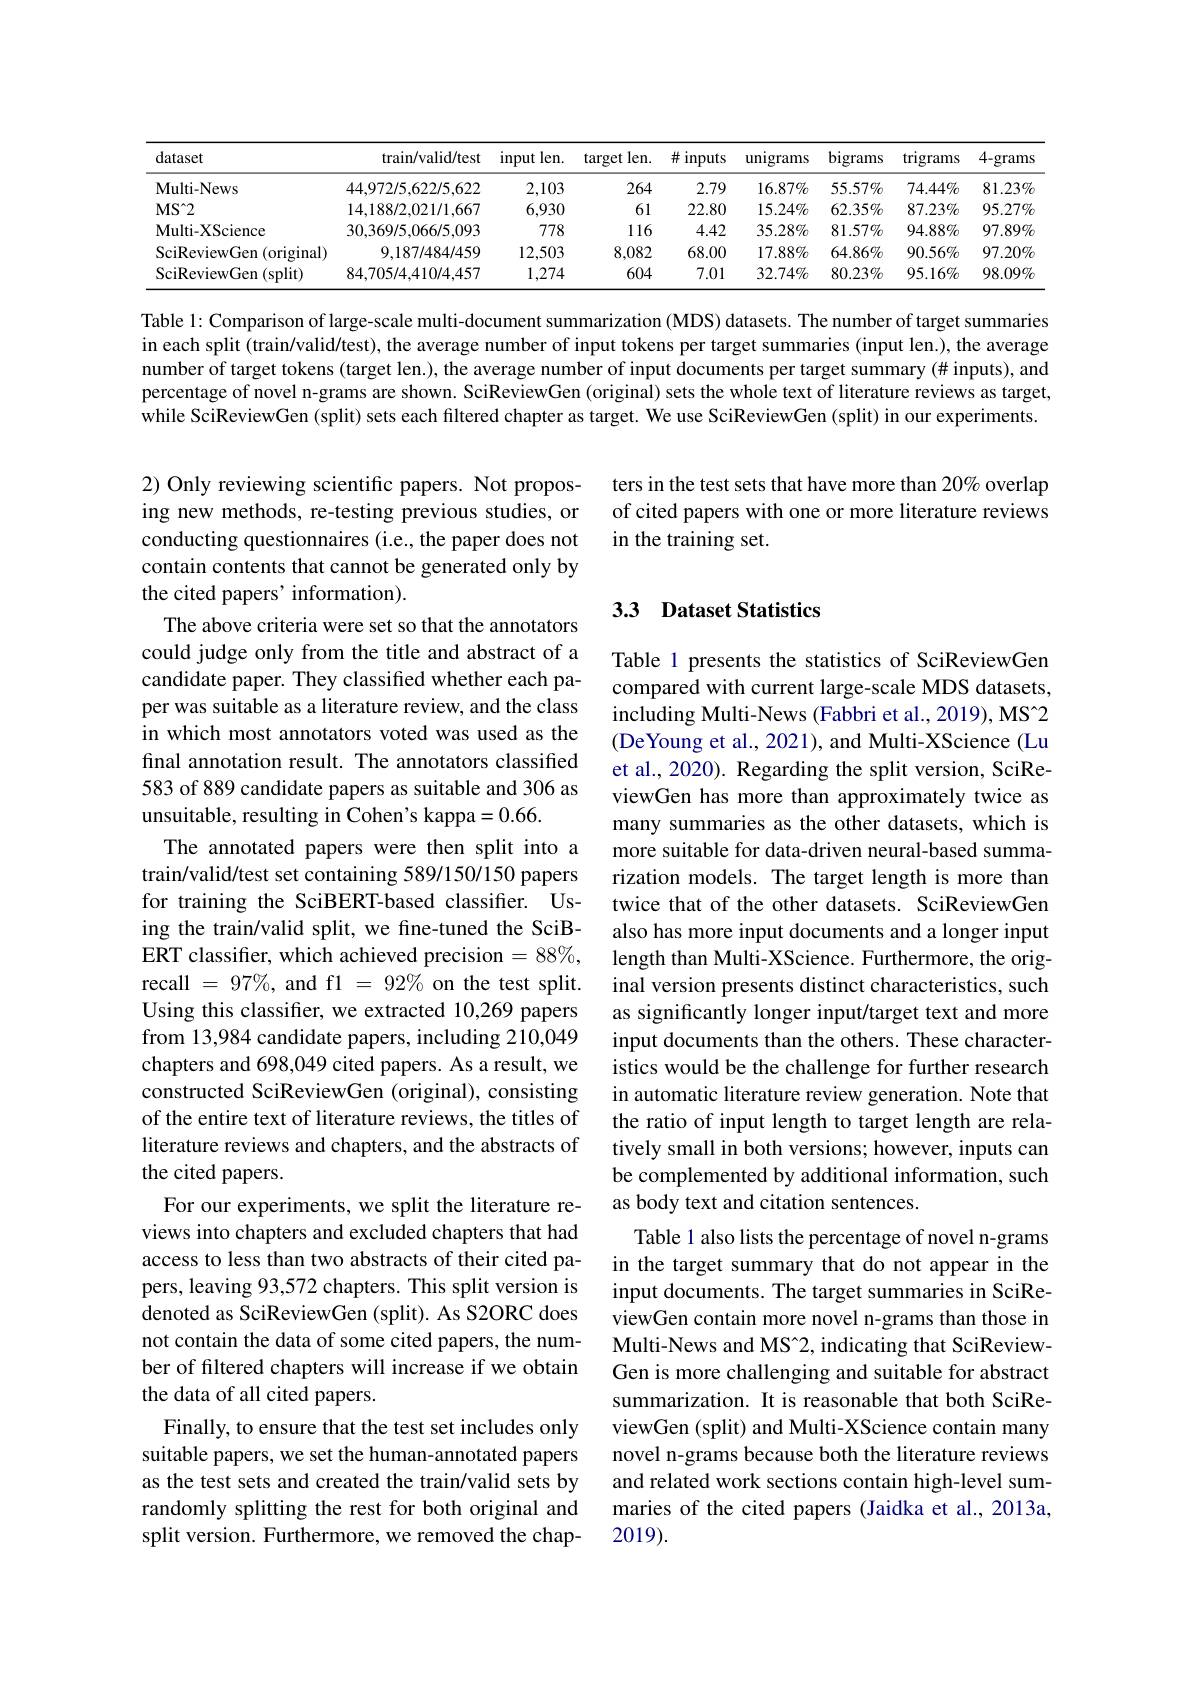
<table>
	<tbody>
		<tr>
			<th>dataset</th>
			<th>$\operatorname{train/valid/test}$</th>
			<th>input $len.$</th>
			<th>target len.</th>
			<th>$\#$inputs</th>
			<th>$\operatorname{unigrams}$</th>
			<th>bigrams</th>
			<th>trigrams</th>
			<th>$4-grams$</th>
		</tr>
		<tr>
			<td>$\mathbf{Multi-News}$</td>
			<td>44,972/5,622/5,622</td>
			<td>2,103</td>
			<td>264</td>
			<td>2.79</td>
			<td>$16.87\%$</td>
			<td>$55.57\%$</td>
			<td>$74.44\%$</td>
			<td>$81.23\%$</td>
		</tr>
		<tr>
			<td>$MS^{\sim}2$</td>
			<td>14,188/2,021/1,667</td>
			<td>6,930</td>
			<td>61</td>
			<td>22.80</td>
			<td>$15.24\%$</td>
			<td>$62.35\%$</td>
			<td>$87.23\%$</td>
			<td>$95.27\%$</td>
		</tr>
		<tr>
			<td>Multi- XScience</td>
			<td>30,369/5,066/5,093</td>
			<td>778</td>
			<td>116</td>
			<td>4.42</td>
			<td>$35.28\%$</td>
			<td>$81.57\%$</td>
			<td>$94.88\%$</td>
			<td>$97.89\%$</td>
		</tr>
		<tr>
			<td>SciReviewGen ( original) </td>
			<td>9,187/484/459</td>
			<td>12,503</td>
			<td>8,082</td>
			<td>68.00</td>
			<td>$17.88\%$</td>
			<td>$64.86\%$</td>
			<td>$90.56\%$</td>
			<td>$97.20\%$</td>
		</tr>
		<tr>
			<td>SciReviewGen ( split) </td>
			<td>84,705/4,410/4,457</td>
			<td>1,274</td>
			<td>604</td>
			<td>7.01</td>
			<td>$32.74\%$</td>
			<td>$80.23\%$</td>
			<td>$95.16\%$</td>
			<td>$98.09\%$</td>
		</tr>
	</tbody>
</table>

Table 1: Comparison of large-scale multi-document summarization (MDS) datasets. The number of target summaries in each split (train/valid/test), the average number of input tokens per target summaries (input len.), the average number of target tokens (target len.), the average number of input documents per target summary (# inputs), and percentage of novel n-grams are shown. SciReviewGen (original) sets the whole text of literature reviews as target, while SciReviewGen (split) sets each filtered chapter as target. We use SciReviewGen (split) in our experiments.

ters in the test sets that have more than 20% overlap of cited papers with one or more literature reviews in the training set.

## 3.3 Dataset Statistics

2) Only reviewing scientific papers. Not proposing new methods, re-testing previous studies, or conducting questionnaires (i.e., the paper does not contain contents that cannot be generated only by the cited papers' information).
The above criteria were set so that the annotators could judge only from the title and abstract of a candidate paper. They classified whether each paper was suitable as a literature review, and the class in which most annotators voted was used as the final annotation result. The annotators classified 583 of 889 candidate papers as suitable and 306 as unsuitable, resulting in Cohen's kappa=0.66.
The annotated papers were then split into a train/valid/test set containing 589/150/150 papers for training the SciBERT-based classifier. Using the train/valid split, we fine-tuned the SciBERT classifier, which achieved precision $=88\%$, recall $=97\%$, and fl $=92\%$ on the test split. Using this classifier, we extracted 10,269 papers from 13,984 candidate papers, including 210,049 chapters and 698,049 cited papers. As a result, we constructed SciReviewGen (original), consisting of the entire text of literature reviews, the titles of literature reviews and chapters, and the abstracts of the cited papers.
For our experiments, we split the literature reviews into chapters and excluded chapters that had access to less than two abstracts of their cited papers, leaving 93,572 chapters. This split version is denoted as SciReviewGen (split). As S2ORC does not contain the data of some cited papers, the number of filtered chapters will increase if we obtain the data of all cited papers.
Finally, to ensure that the test set includes only suitable papers, we set the human-annotated papers as the test sets and created the train/valid sets by randomly splitting the rest for both original and split version. Furthermore, we removed the chap-

Table 1 presents the statistics of SciReviewGen compared with current large-scale MDS datasets, including Multi-News (Fabbri et al., 2019), MS[INDEX] (DeYoung et al., 2021), and Multi-XScience (Lu et al., 2020). Regarding the split version, SciReviewGen has more than approximately twice as many summaries as the other datasets, which is more suitable for data-driven neural-based summarization models. The target length is more than twice that of the other datasets. SciReviewGen also has more input documents and a longer input length than Multi-XScience. Furthermore, the original version presents distinct characteristics, such as significantly longer input/target text and more input documents than the others. These characteristics would be the challenge for further research in automatic literature review generation. Note that the ratio of input length to target length are relatively small in both versions; however, inputs can be complemented by additional information, such as body text and citation sentences.
Table 1 also lists the percentage of novel n-grams in the target summary that do not appear in the input documents. The target summaries in SciReviewGen contain more novel n-grams than those in Multi-News and MS“2, indicating that SciReviewGen is more challenging and suitable for abstract summarization. It is reasonable that both SciReviewGen (split) and Multi-XScience contain many novel n-grams because both the literature reviews and related work sections contain high-level summaries of the cited papers (Jaidka et al., 2013a, 2019).